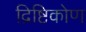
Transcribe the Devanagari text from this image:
द्रिष्टिकोण